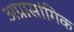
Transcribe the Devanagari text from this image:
अप्रासांगिक